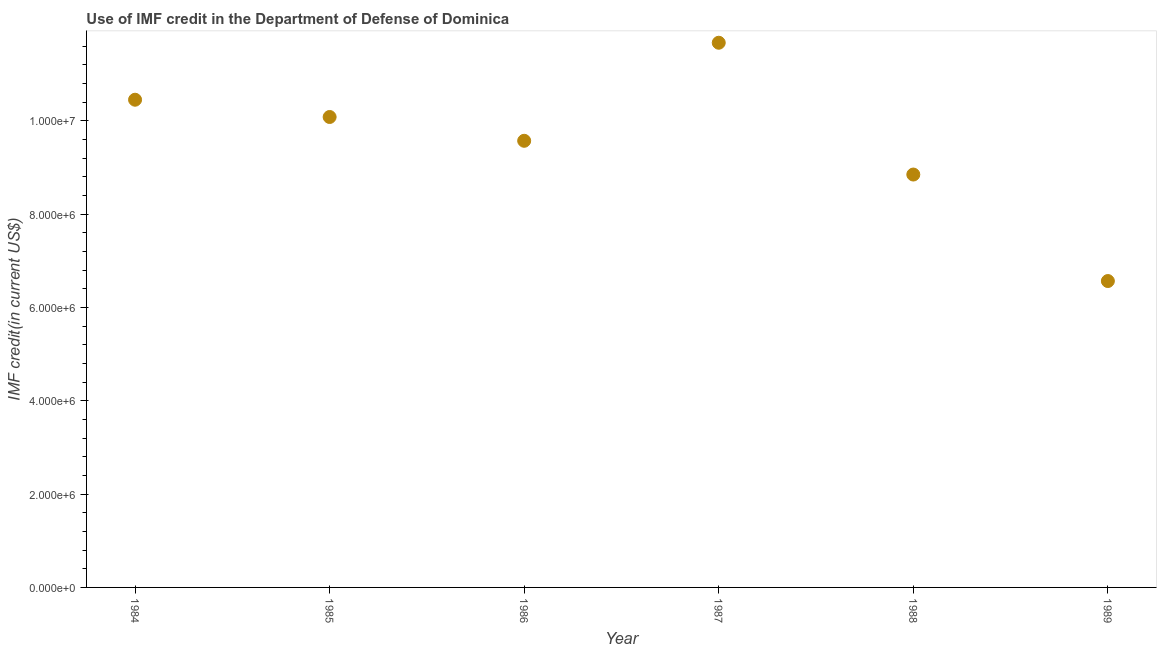
| Year | Use of IMF credit (DOD |
 | --- | --- |
 | 1984 | 1.04e+07 |
 | 1985 | 1.01e+07 |
 | 1986 | 9.57e+06 |
 | 1987 | 1.17e+07 |
 | 1988 | 8.85e+06 |
 | 1989 | 6.56e+06 |